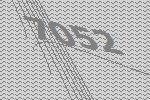
7052